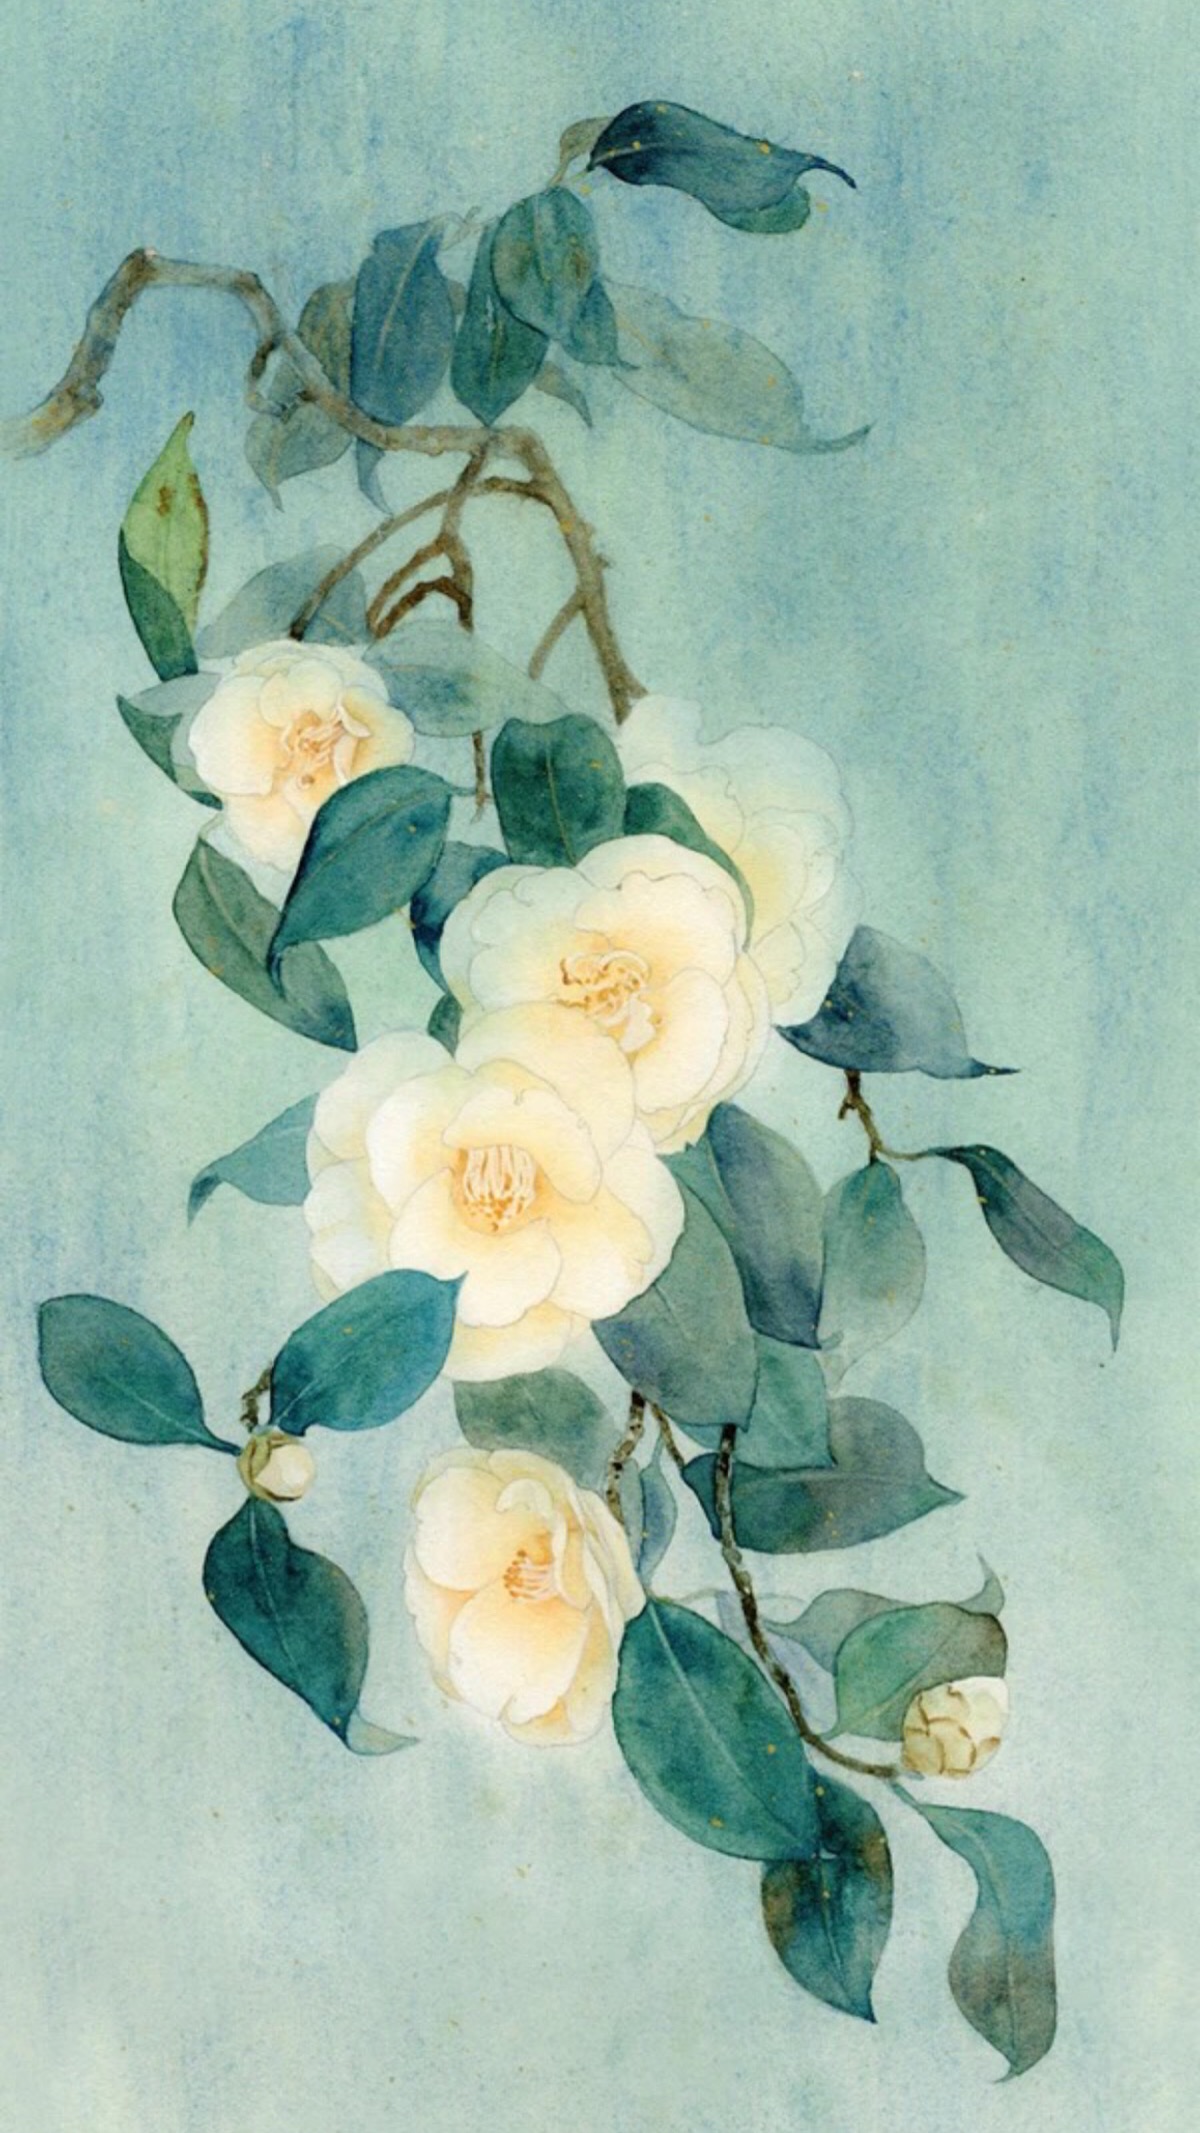
人去秋千闲挂月，马停杨柳倦嘶风。